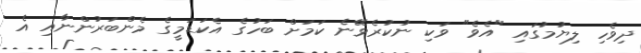
ދިވެހި ލިޔުމުގައި "އެވެ" ވަކި ނުކުރެވޭނެ ކަމަށް ބަހުގެ އެކަޑަމީގެ މެންބަރުންނާއި އެ